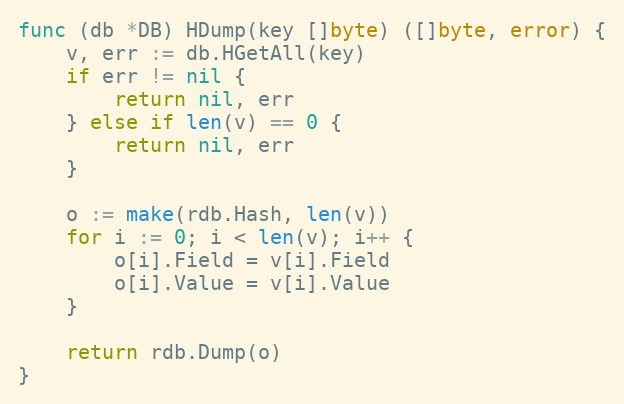
Language: Go
func (db *DB) HDump(key []byte) ([]byte, error) {
	v, err := db.HGetAll(key)
	if err != nil {
		return nil, err
	} else if len(v) == 0 {
		return nil, err
	}

	o := make(rdb.Hash, len(v))
	for i := 0; i < len(v); i++ {
		o[i].Field = v[i].Field
		o[i].Value = v[i].Value
	}

	return rdb.Dump(o)
}